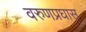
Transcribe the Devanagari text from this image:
वरुणप्रघास